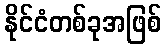
နိုင်ငံတစ်ခုအဖြစ်